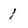
Character: 1